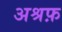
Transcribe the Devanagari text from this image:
अश्रफ़